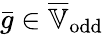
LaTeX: \bar{g}\in\overline{{\mathbb{V}}}_{\mathrm{odd}}